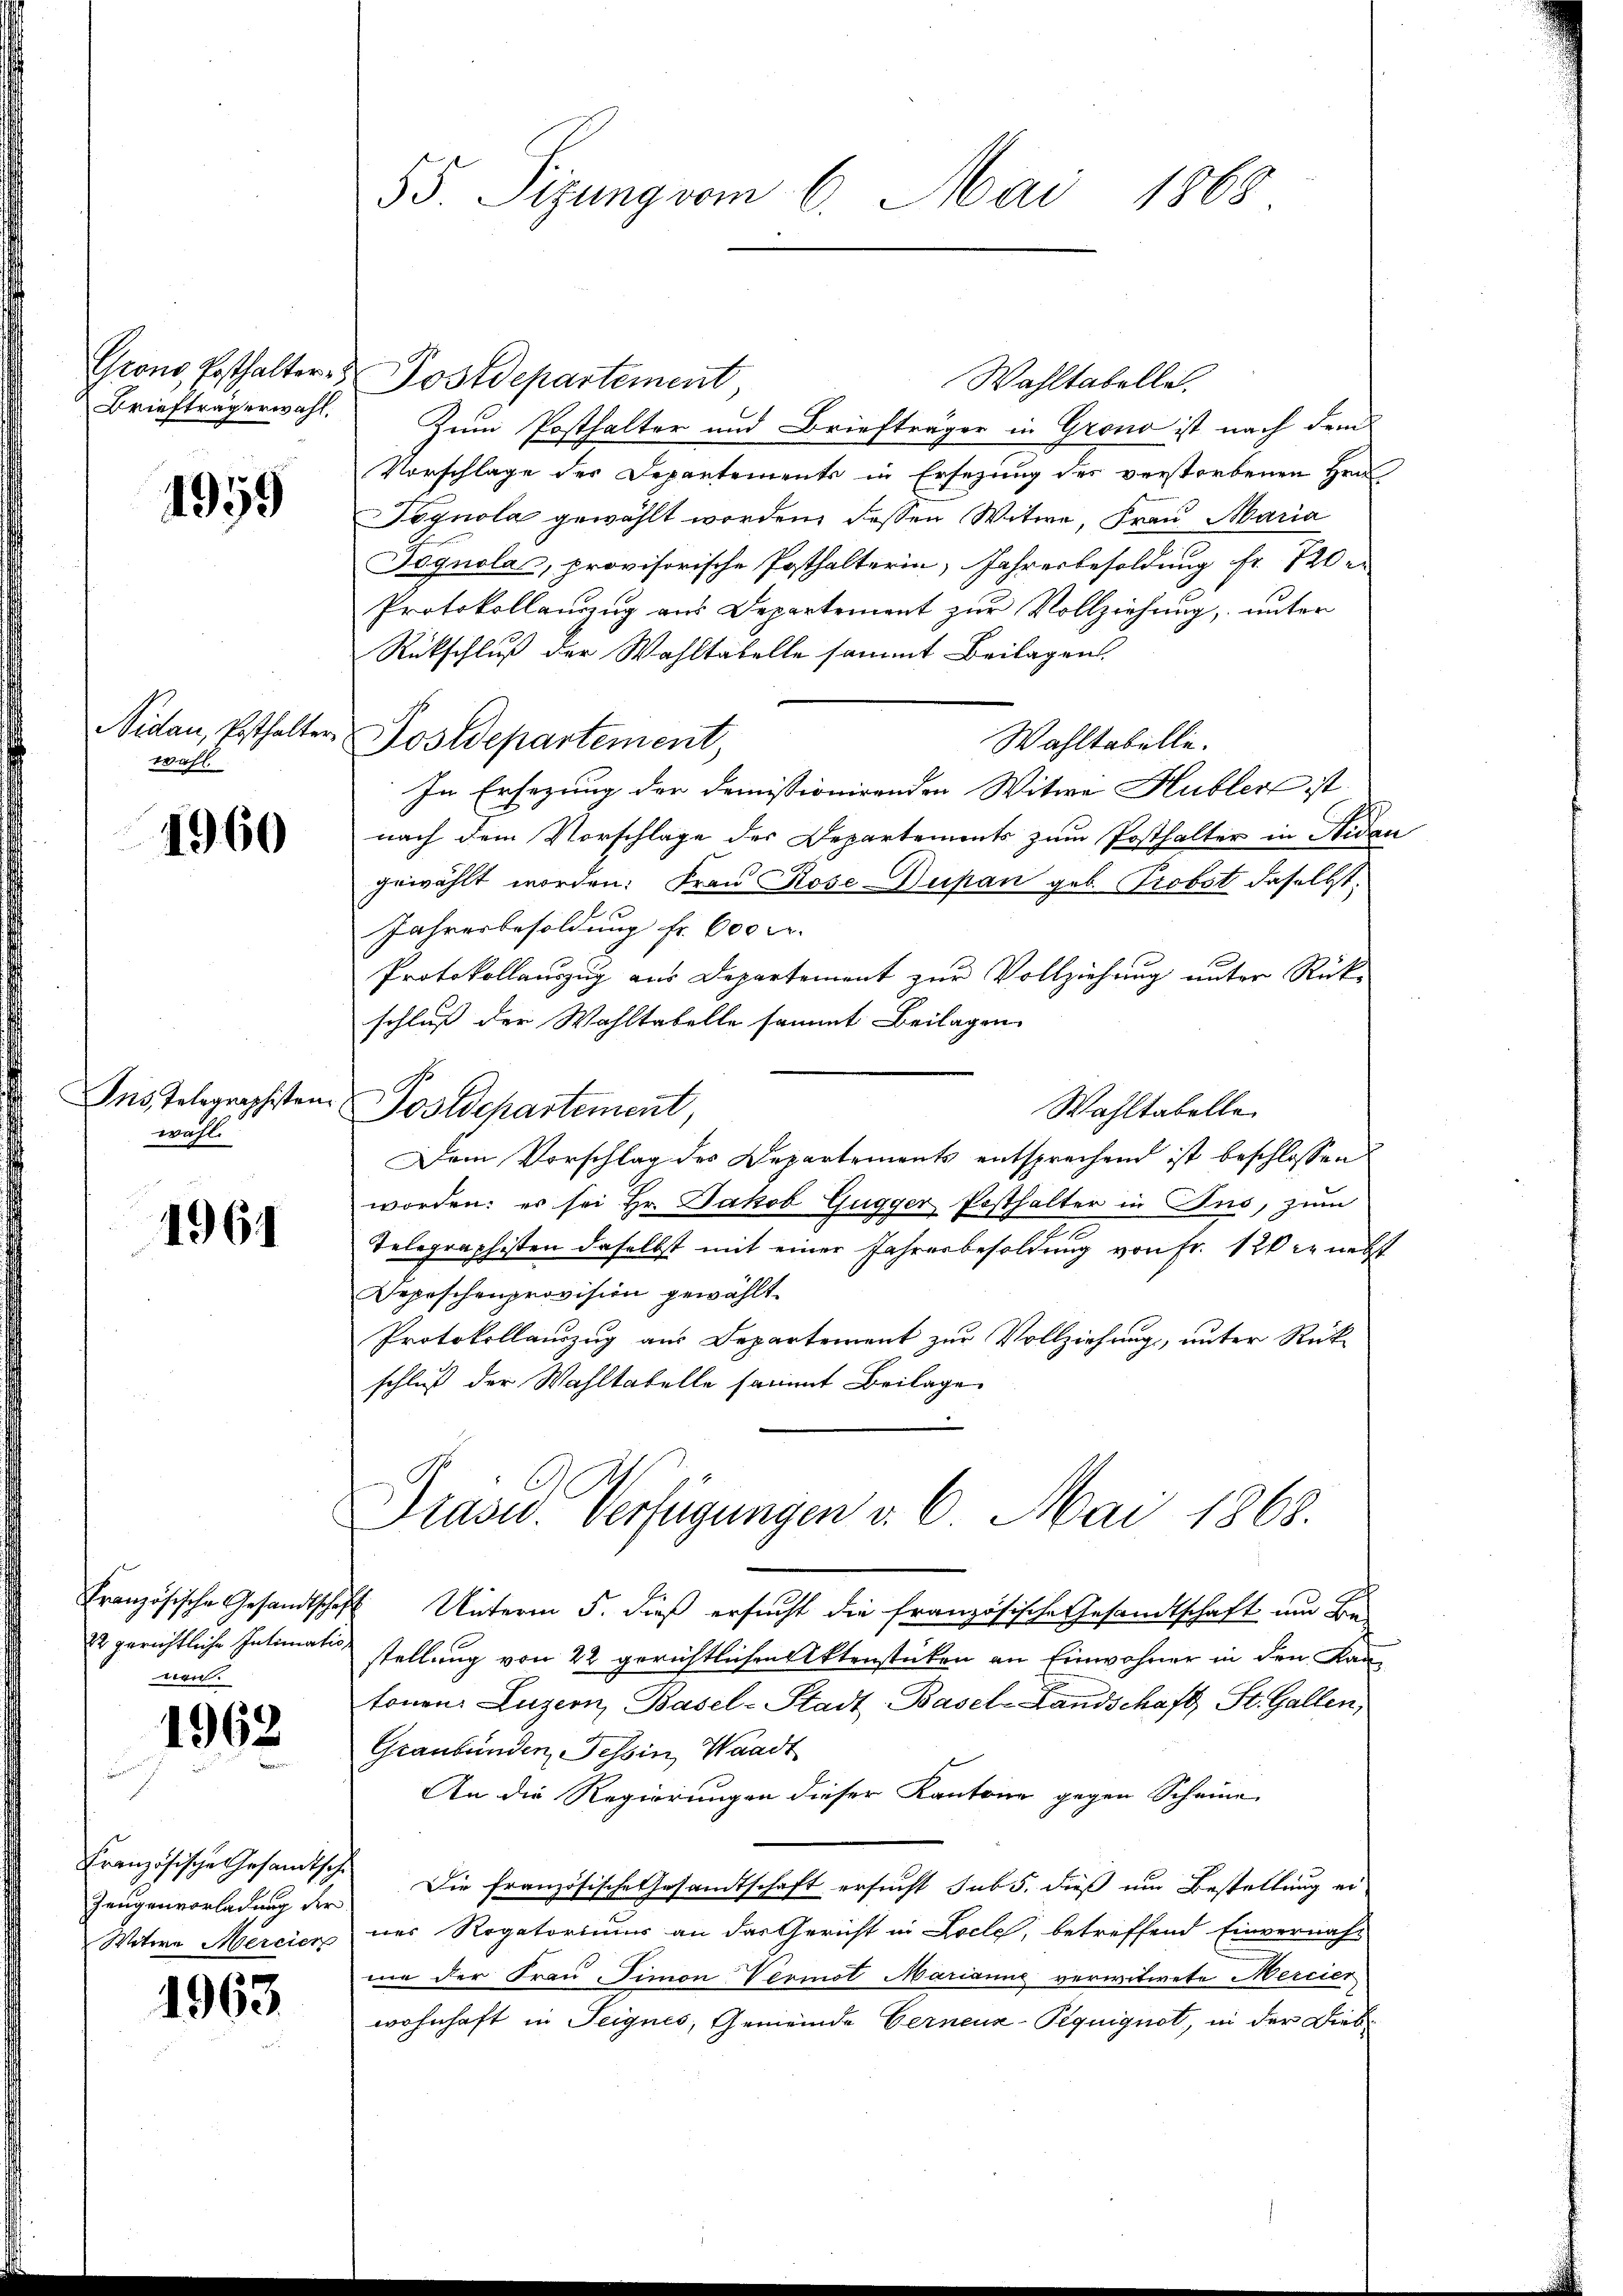
Grono, Posthalter
Briefträgerwahl.

1959

Nidau, Ersthalter
wahl.

1960

Ins Telegraphisten
wahl.

1964

Französische Gesandtsch
22 gerichtliche Intimatio
nen.

1962

Französische Gesandtsch
Zeugenvorladung der
Witere Mercier

1963

55. Sizung vom 6. Mai 1868

Postdepartement,
Wahltabelle.
Zum Posthalter und Briefträger in Grono ist nach dem
Vorschlage der Departements in Ersezung des verstorbenen Hen
Tognola gewählt worden, dessen Witwe, Frau Maria
Jognola, provisorische Posthalterin, Jahresbesoldung fr. 120
Protokollanung aus Departement zur Vollziehung, unter
Rückschluß der Wahltatelle sammt Beilagen.
Postdepartement,
Wahltabelle.
In Ersezung der demissionirenden Witwe Hubler ist.
nach dem Vorschlage der Departements zum Posthalter in Nida
gewählt worden: Frau Rose-Dupan geb. Probst daselbst.
Jahresbesoldung fr. 600 Fr.
Protokollauszug aus Departement zur Vollziehung unter Rück-
schluß der Wahltabelle sammt Beilagen
Wahltabelle
Postdepartement
Dem Vorschlag des Departements entsprechend ist beschlossen
worden: es sei Hr. Jakob Gugger Posthalter in Ins, zum
Telegraphisten daselbst mit einer Jahresbesoldung von Fr. 120 er nebs
Sepischenprovision gewählt.
Protokollauszug aus Departement zur Vollziehung, unter Rückschluß der Wahltabelle sammt Beilage
Präsid. Verfügungen v. 6. Mai 1868.
I Unterm 5. dieß ersucht die französische Gesandtschaft um Be-
stellung von 22 gerichtlichen Aktenstücken an Einwohner in den Kantonen Luzern, Basel-Stadt-Basel-Landschaft St. Gallen,
Graubünden Tessin, Waadt
An die Regierungen dieser Kantone gegen Scheine
Die französische Gesandtschaft ersucht sub 5. dieß um Bestellung ei
nes Rogatorium an das Gericht in Locle, betreffend Einvernah-
me der Frau-Simon Vermöt Marianne verwitwete Mercier
wohnhaft in Teignes, Gemeinde Gerneuz-Pequignot, in der Dieb¬